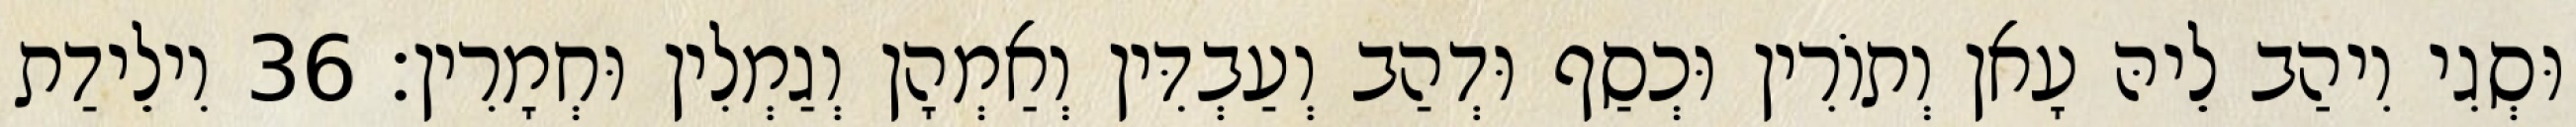
וּסְגִי וִיהַב לֵיהּ עָאן וְתוֹרִין וּכְסַף וּדְהַב וְעַבְדִּין וְאַמְהָן וְגַמְלִין וּחְמָרִין׃ 36 וִילֵידַת